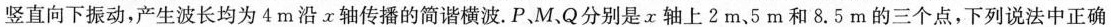
竖直向下振动，产生波长均为4m沿α轴传播的简谐横波。P、M、Q分别是x轴上2m、5m和8.5m的三个点，下列说法中正确